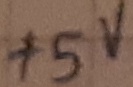
Text: +5V